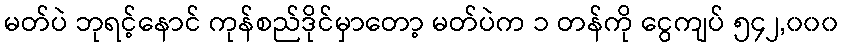
မတ်ပဲ ဘုရင့်နောင် ကုန်စည်ဒိုင်မှာတော့ မတ်ပဲက ၁ တန်ကို ငွေကျပ် ၅၄၂,၀၀၀